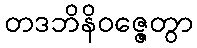
တဒဘိနိဝဇ္ဇေတွာ